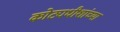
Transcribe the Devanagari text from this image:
कोट्यधीशांच्या